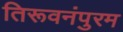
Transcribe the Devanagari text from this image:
तिरूवनंपुरम